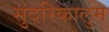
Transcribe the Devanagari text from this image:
सुंदरिकालुम